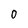
Character: O